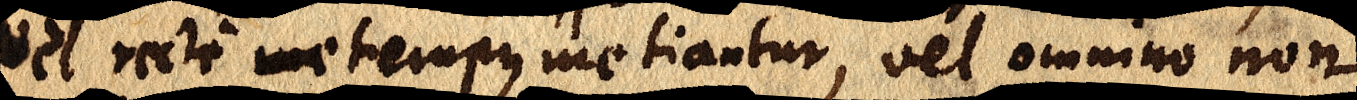
vel recte me tempus metiantur, vel omnino non